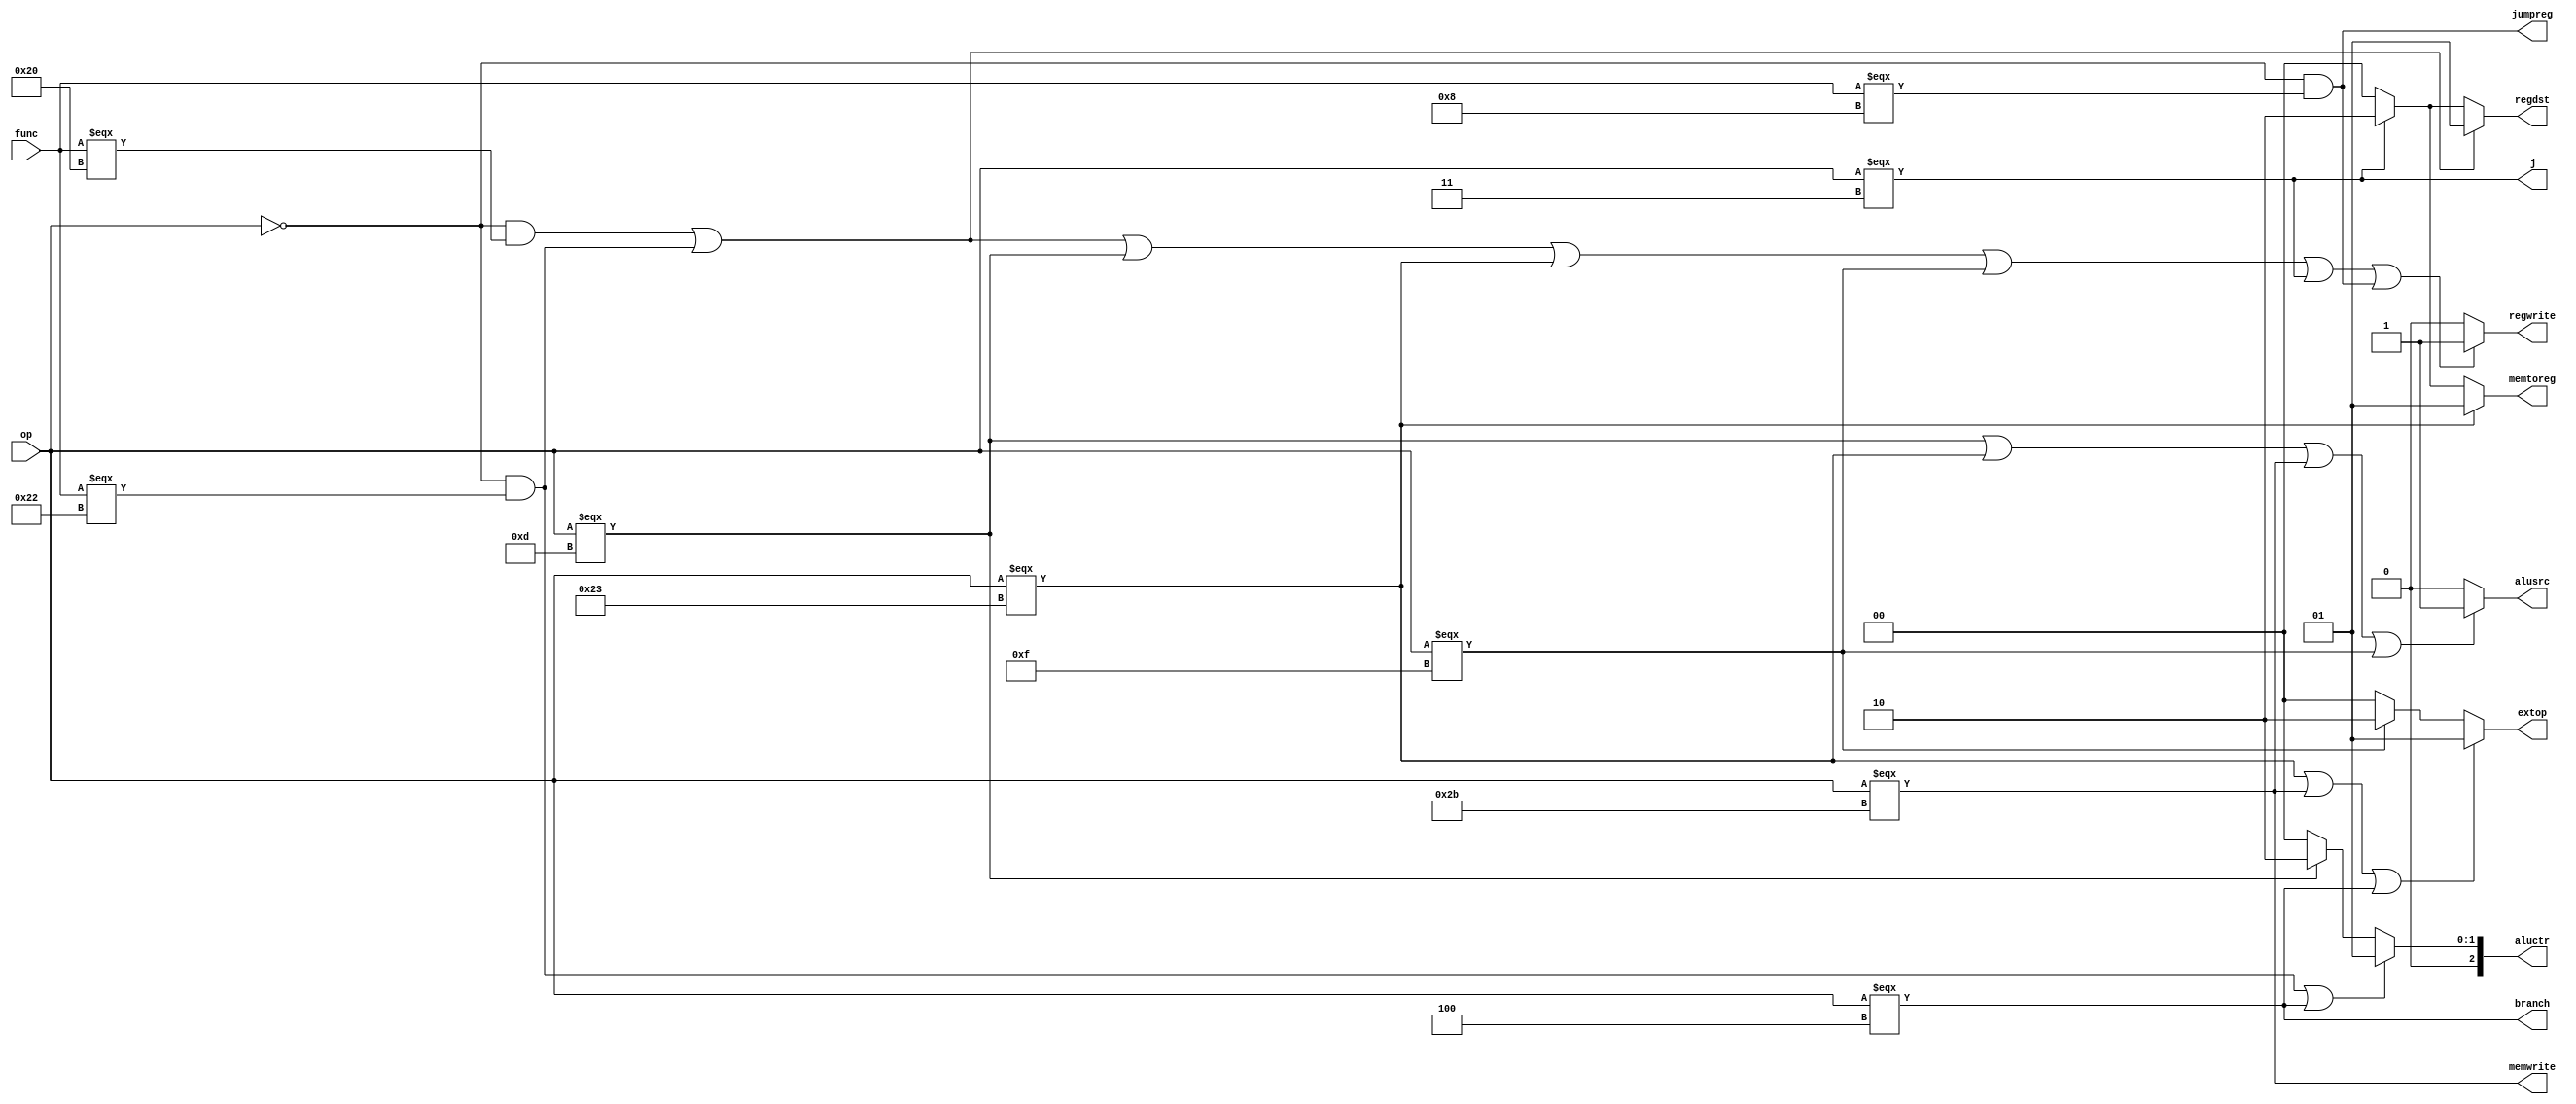
`timescale 1ns / 1ps
//////////////////////////////////////////////////////////////////////////////////
// Company: 
// Engineer: 
// 
// Design Name: 
// Module Name:    control 
// Project Name: 
// Target Devices: 
// Tool versions: 
// Description: 
//
// Dependencies: 
//
// Revision: 
// Revision 0.01 - File Created
// Additional Comments: 
//
//////////////////////////////////////////////////////////////////////////////////
module control(
    input [5:0] func,
    input [5:0] op,
    output reg [1:0] regdst=0,
    output reg alusrc=0,
    output reg [1:0] memtoreg=0,
    output reg regwrite=0,
    output reg  memwrite=0,
    output reg branch=0,
    output reg [1:0] extop=0,
    output reg [2:0] aluctr=0,
    output reg j=0,
    output reg jumpreg=0
    );
	 wire r = (op == 0);
	 wire add = r & (func === 6'b100000);
	 wire sub = r & (func === 6'b100010);
	 wire ori = (op === 6'b001101);
	 wire lw = (op === 6'b100011);
    wire sw = (op === 6'b101011);
	 wire beq = (op === 6'b000100);
	 wire lui = (op === 6'b001111);
	 wire jal = (op === 6'b000011);
	 wire jr = r & (func === 6'b001000);
	 
    always@(*)begin
	    regdst = (add|sub) ? 2'b01 :
		          (jal) ? 2'b10 :
					 2'b00;
		 alusrc = (ori|lw|sw|lui) ? 1 : 0;
		 memtoreg = (lw) ? 2'b01:
		            (jal) ? 2'b10:
						2'b00;
		regwrite = (add|sub|ori|lw|lui|jal|jr) ? 1 : 0;
      memwrite = sw;
      branch = beq;
      extop = (lw|sw|beq) ? 2'b01 :
              (lui) ? 2'b10 :
              2'b00;				
     aluctr = (sub|beq) ? 3'b001:
              (ori) ? 3'b010:
              3'b000;
     j = jal;
     jumpreg = jr;	  
	 end

endmodule